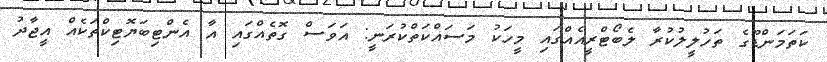
ކަތަމަންޑޫގެ ތަހުލީލުކުރާ ލެބޯޓްރީއެއްގައި މީހަކު މަސައްކަތްކުރަނީ: އަވަސް ގޮތެއްގައި އާ އެންޓިބަޔޮޓިކްތަކެއް އީޖާދު